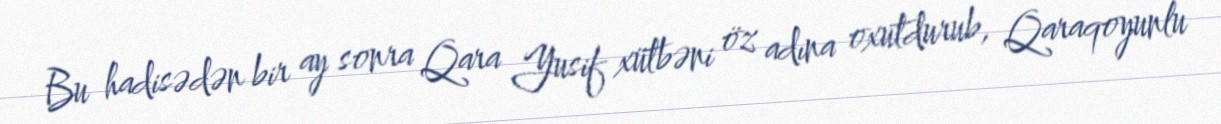
Bu hadisədən bir ay sonra Qara Yusif xütbəni öz adına oxutdurub, Qaraqoyunlu